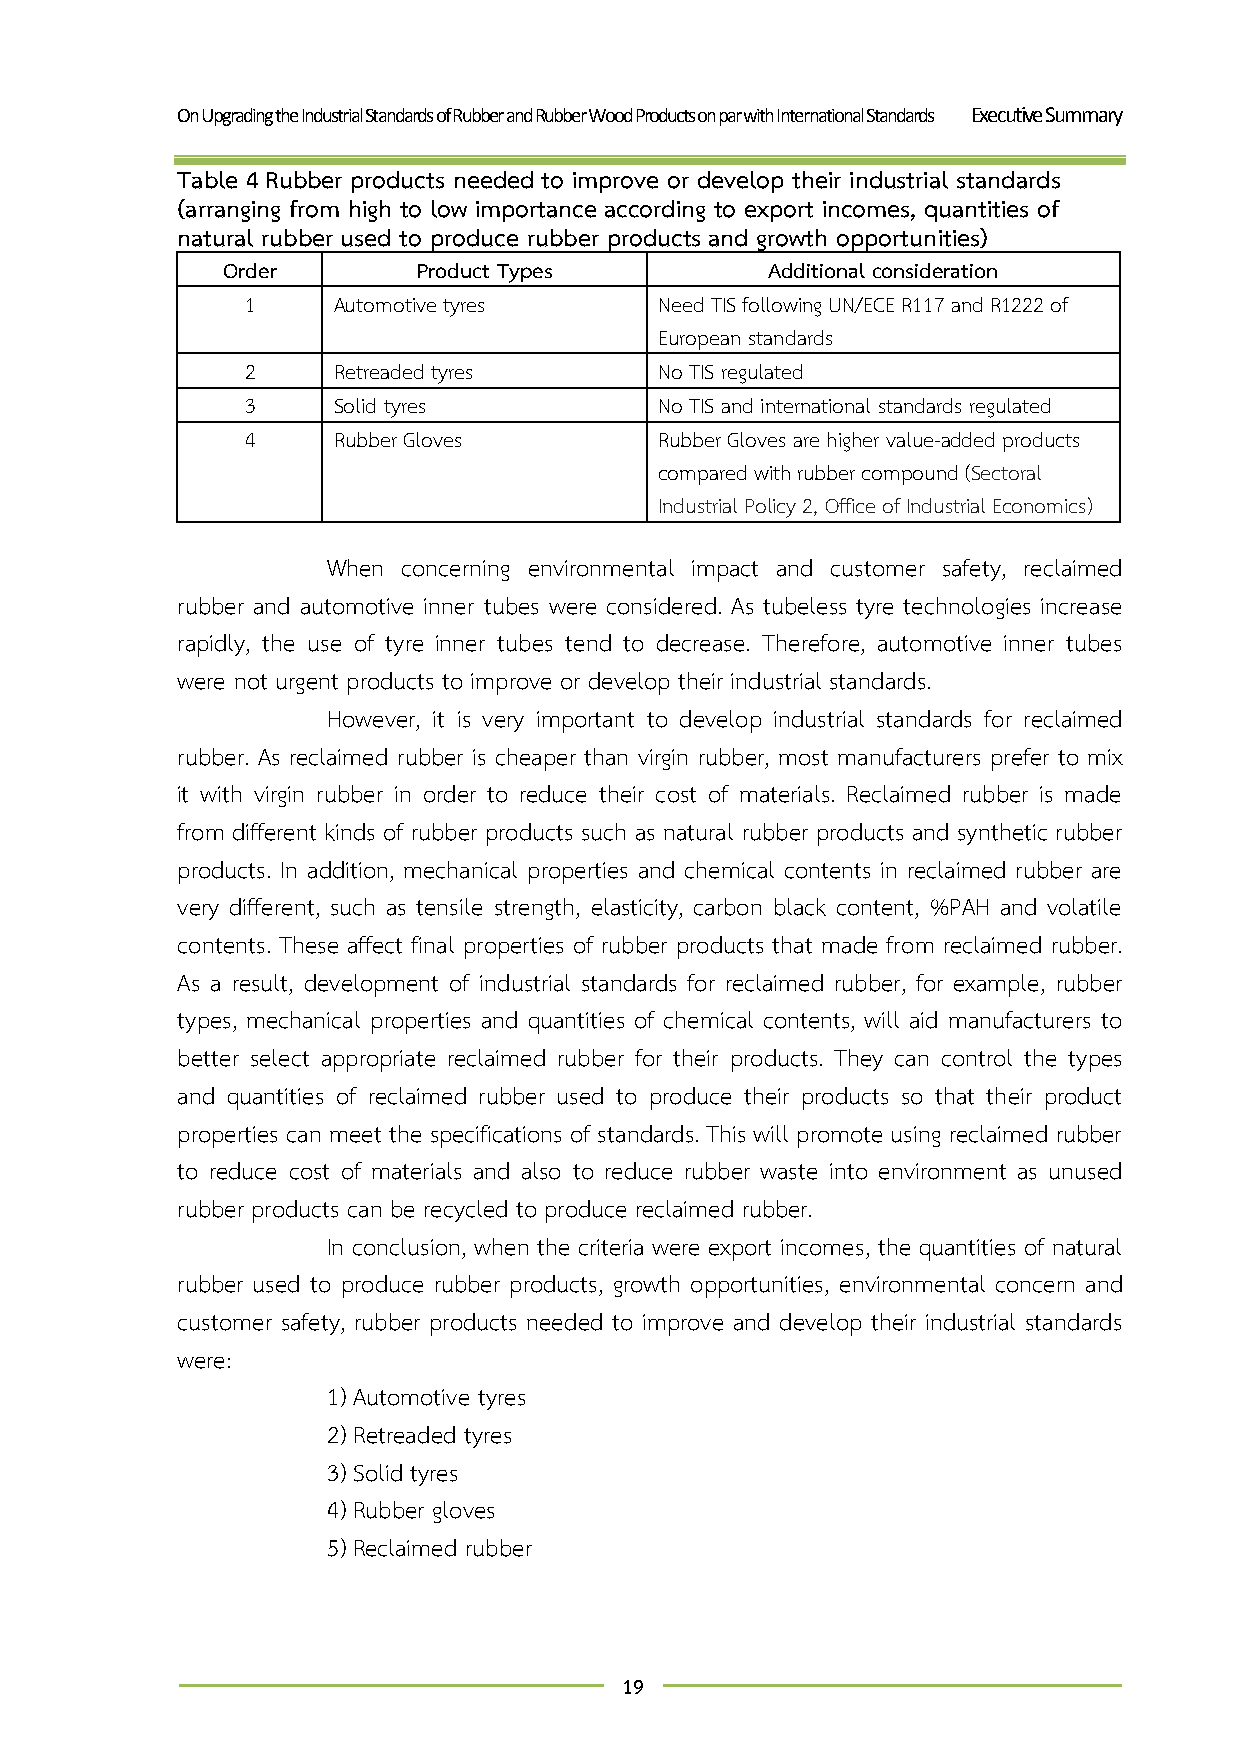
On Upgrading the Industrial Standards of Rubber and Rubber Wood Products on par with International Standards Executive Summary
 Table 4 Rubber products needed to improve or develop their industrial standards
 (arranging from high to low importance according to export incomes, quantities of
 natural rubber used to produce rubber products and growth opportunities)
 Order        Product Types          Additional consideration
 1     Automotive tyres      Need TIS following UN/ECE R117 and R1222 of
 European standards
 2     Retreaded tyres       No TIS regulated
 3     Solid tyres           No TIS and international standards regulated
 4     Rubber Gloves         Rubber Gloves are higher value-added products
 compared with rubber compound (Sectoral
 Industrial Policy 2, Office of Industrial Economics)
 When concerning environmental impact and customer safety, reclaimed
 rubber and automotive inner tubes were considered. As tubeless tyre technologies increase
 rapidly, the use of tyre inner tubes tend to decrease. Therefore, automotive inner tubes
 were not urgent products to improve or develop their industrial standards.
 However, it is very important to develop industrial standards for reclaimed
 rubber. As reclaimed rubber is cheaper than virgin rubber, most manufacturers prefer to mix
 it with virgin rubber in order to reduce their cost of materials. Reclaimed rubber is made
 from different kinds of rubber products such as natural rubber products and synthetic rubber
 products. In addition, mechanical properties and chemical contents in reclaimed rubber are
 very different, such as tensile strength, elasticity, carbon black content, %PAH and volatile
 contents. These affect final properties of rubber products that made from reclaimed rubber.
 As a result, development of industrial standards for reclaimed rubber, for example, rubber
 types, mechanical properties and quantities of chemical contents, will aid manufacturers to
 better select appropriate reclaimed rubber for their products. They can control the types
 and quantities of reclaimed rubber used to produce their products so that their product
 properties can meet the specifications of standards. This will promote using reclaimed rubber
 to reduce cost of materials and also to reduce rubber waste into environment as unused
 rubber products can be recycled to produce reclaimed rubber.
 In conclusion, when the criteria were export incomes, the quantities of natural
 rubber used to produce rubber products, growth opportunities, environmental concern and
 customer safety, rubber products needed to improve and develop their industrial standards
 were:
 1) Automotive tyres
 2) Retreaded tyres
 3) Solid tyres
 4) Rubber gloves
 5) Reclaimed rubber
 19